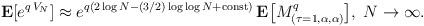
LaTeX: \begin{align*}{\bf E}[e^{q\,V_N}] \approx e^{q(2\log N-(3/2)\log\log N+{\rm const})}\,{\bf E}\bigl[M^q_{(\tau=1,\alpha,\alpha)}\bigr],\;N\rightarrow\infty.\end{align*}